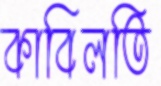
কাবিলতি